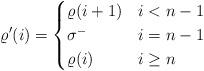
LaTeX: \begin{align*}\varrho'(i) = \begin{cases}\varrho(i+1) & i < n-1\\\sigma^- & i=n-1\\\varrho(i) & i \geq n\end{cases}\end{align*}